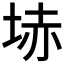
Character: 𡋽